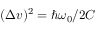
( \Delta v ) ^ { 2 } = \hbar \omega _ { 0 } / 2 C